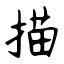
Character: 描